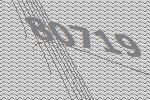
80719